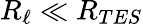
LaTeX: R_{\ell}\ll R_{TES}